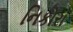
નિકોરા